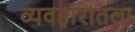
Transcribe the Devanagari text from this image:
व्यवहारातला